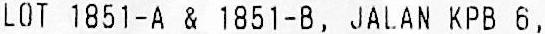
LOT 1851-A & 1851-B, JALAN KPB 6,